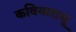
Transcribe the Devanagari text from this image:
कवियारासू